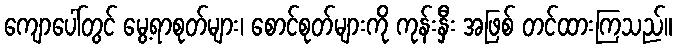
ကျောပေါ်တွင် မွေ့ရာစုတ်များ၊ စောင်စုတ်များကို ကုန်းနှီး အဖြစ် တင်ထားကြသည်။